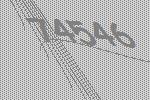
74546